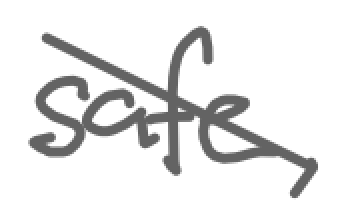
Text: safe,
Cross-out: diagonal
Writing tool: digital_gray